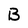
Character: B